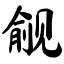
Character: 觎